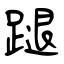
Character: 蹆